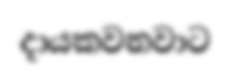
දායකවනවාට